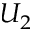
U _ { 2 }